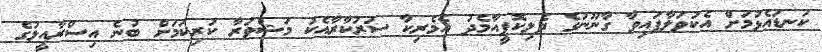
ކަނޑައެޅުމަށް އެކުވަލާފައިވާ ގާނޫނުގެ ދެލިކޮޕީއާމެދު އެމެރިކާ ސަރުކާރާއެކު މަޝްވަރާ ކުރިކަމަށް ބުނެ އިސްރާއީލުގެ